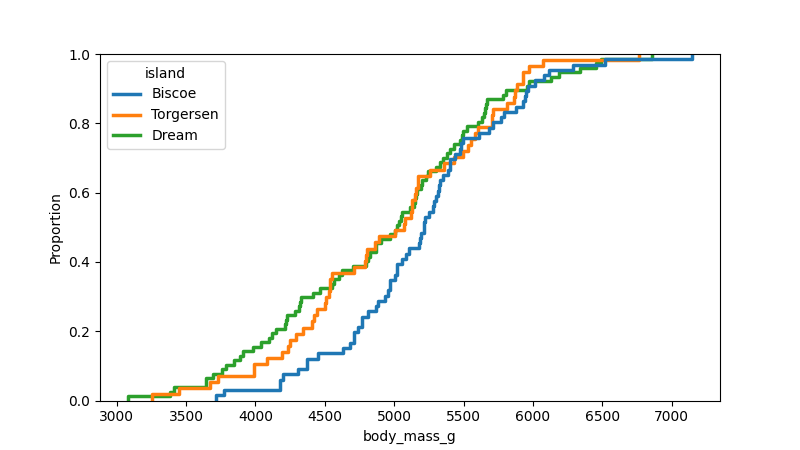
python, seaborn, ecdfplot, column='body_mass_g', hue='island', stat='proportion', linewidth=2.5